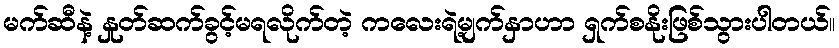
မက်ဆီနဲ့ နှုတ်ဆက်ခွင့်မရလိုက်တဲ့ ကလေးရဲ့မျက်နှာဟာ ရှက်စနိုးဖြစ်သွားပါတယ်။